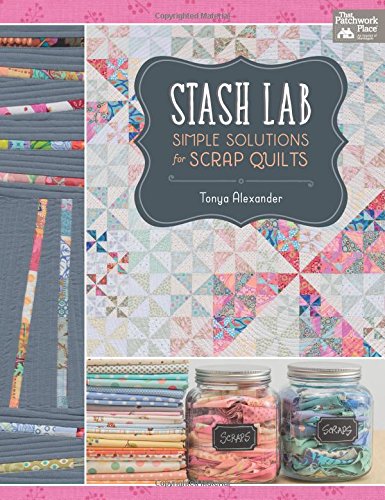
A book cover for Stash Lab: Simple Solutions for Scrap Quilts; Tonya Alexander; Crafts, Hobbies & Home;